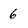
Character: 6